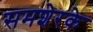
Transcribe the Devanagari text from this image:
समशेरके